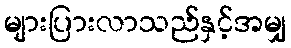
များပြားလာသည်နှင့်အမျှ